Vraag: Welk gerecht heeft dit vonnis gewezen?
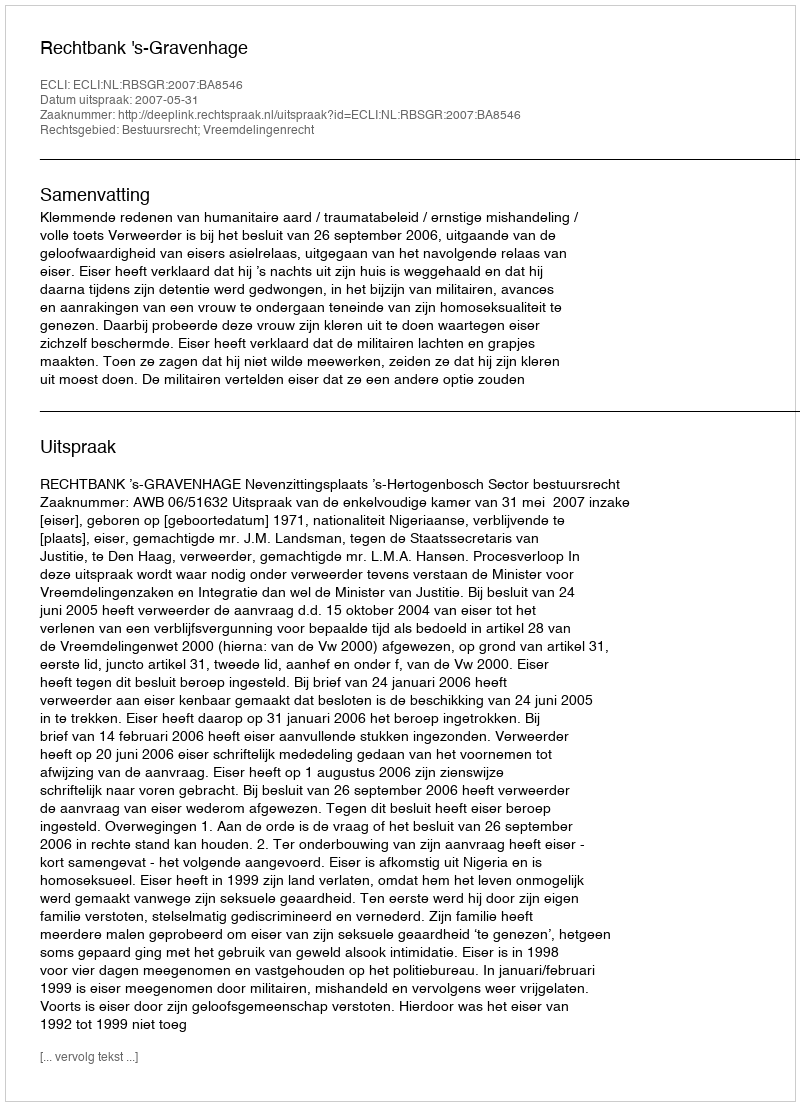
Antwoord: Rechtbank 's-Gravenhage